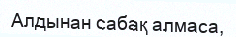
Алдынан сабақ алмаса,